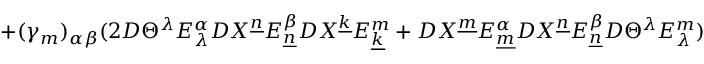
+ ( \gamma _ { m } ) _ { \alpha \beta } ( 2 D \Theta ^ { \lambda } E _ { \lambda } ^ { \alpha } D X ^ { \underline { { { n } } } } E _ { \underline { { { n } } } } ^ { \beta } D X ^ { \underline { { { k } } } } E _ { \underline { { { k } } } } ^ { m } + D X ^ { \underline { { { m } } } } E _ { \underline { { { m } } } } ^ { \alpha } D X ^ { \underline { { { n } } } } E _ { \underline { { { n } } } } ^ { \beta } D \Theta ^ { \lambda } E _ { \lambda } ^ { m } )